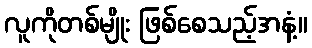
လူကိုတစ်မျိုး ဖြစ်စေသည့်အနံ့။